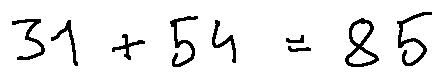
3 1 + 5 4 = 8 5